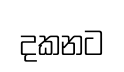
දකනට